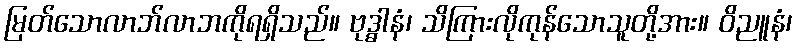
မြတ်သောလာဘ်လာဘကိုရရှိသည်။ ဗုဒ္ဓါနံ၊ သိကြားလိုကုန်သောသူတို့အား။ ဝိညူနံ၊